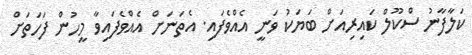
ކަލާފާނު ސްކޫލް ކައިރިއަށް ބަޔަކު ވަނީ އެއްވެފައި. އެތަނަށް އެއްވެފައިވާ މީހުން ފަހަތަށް